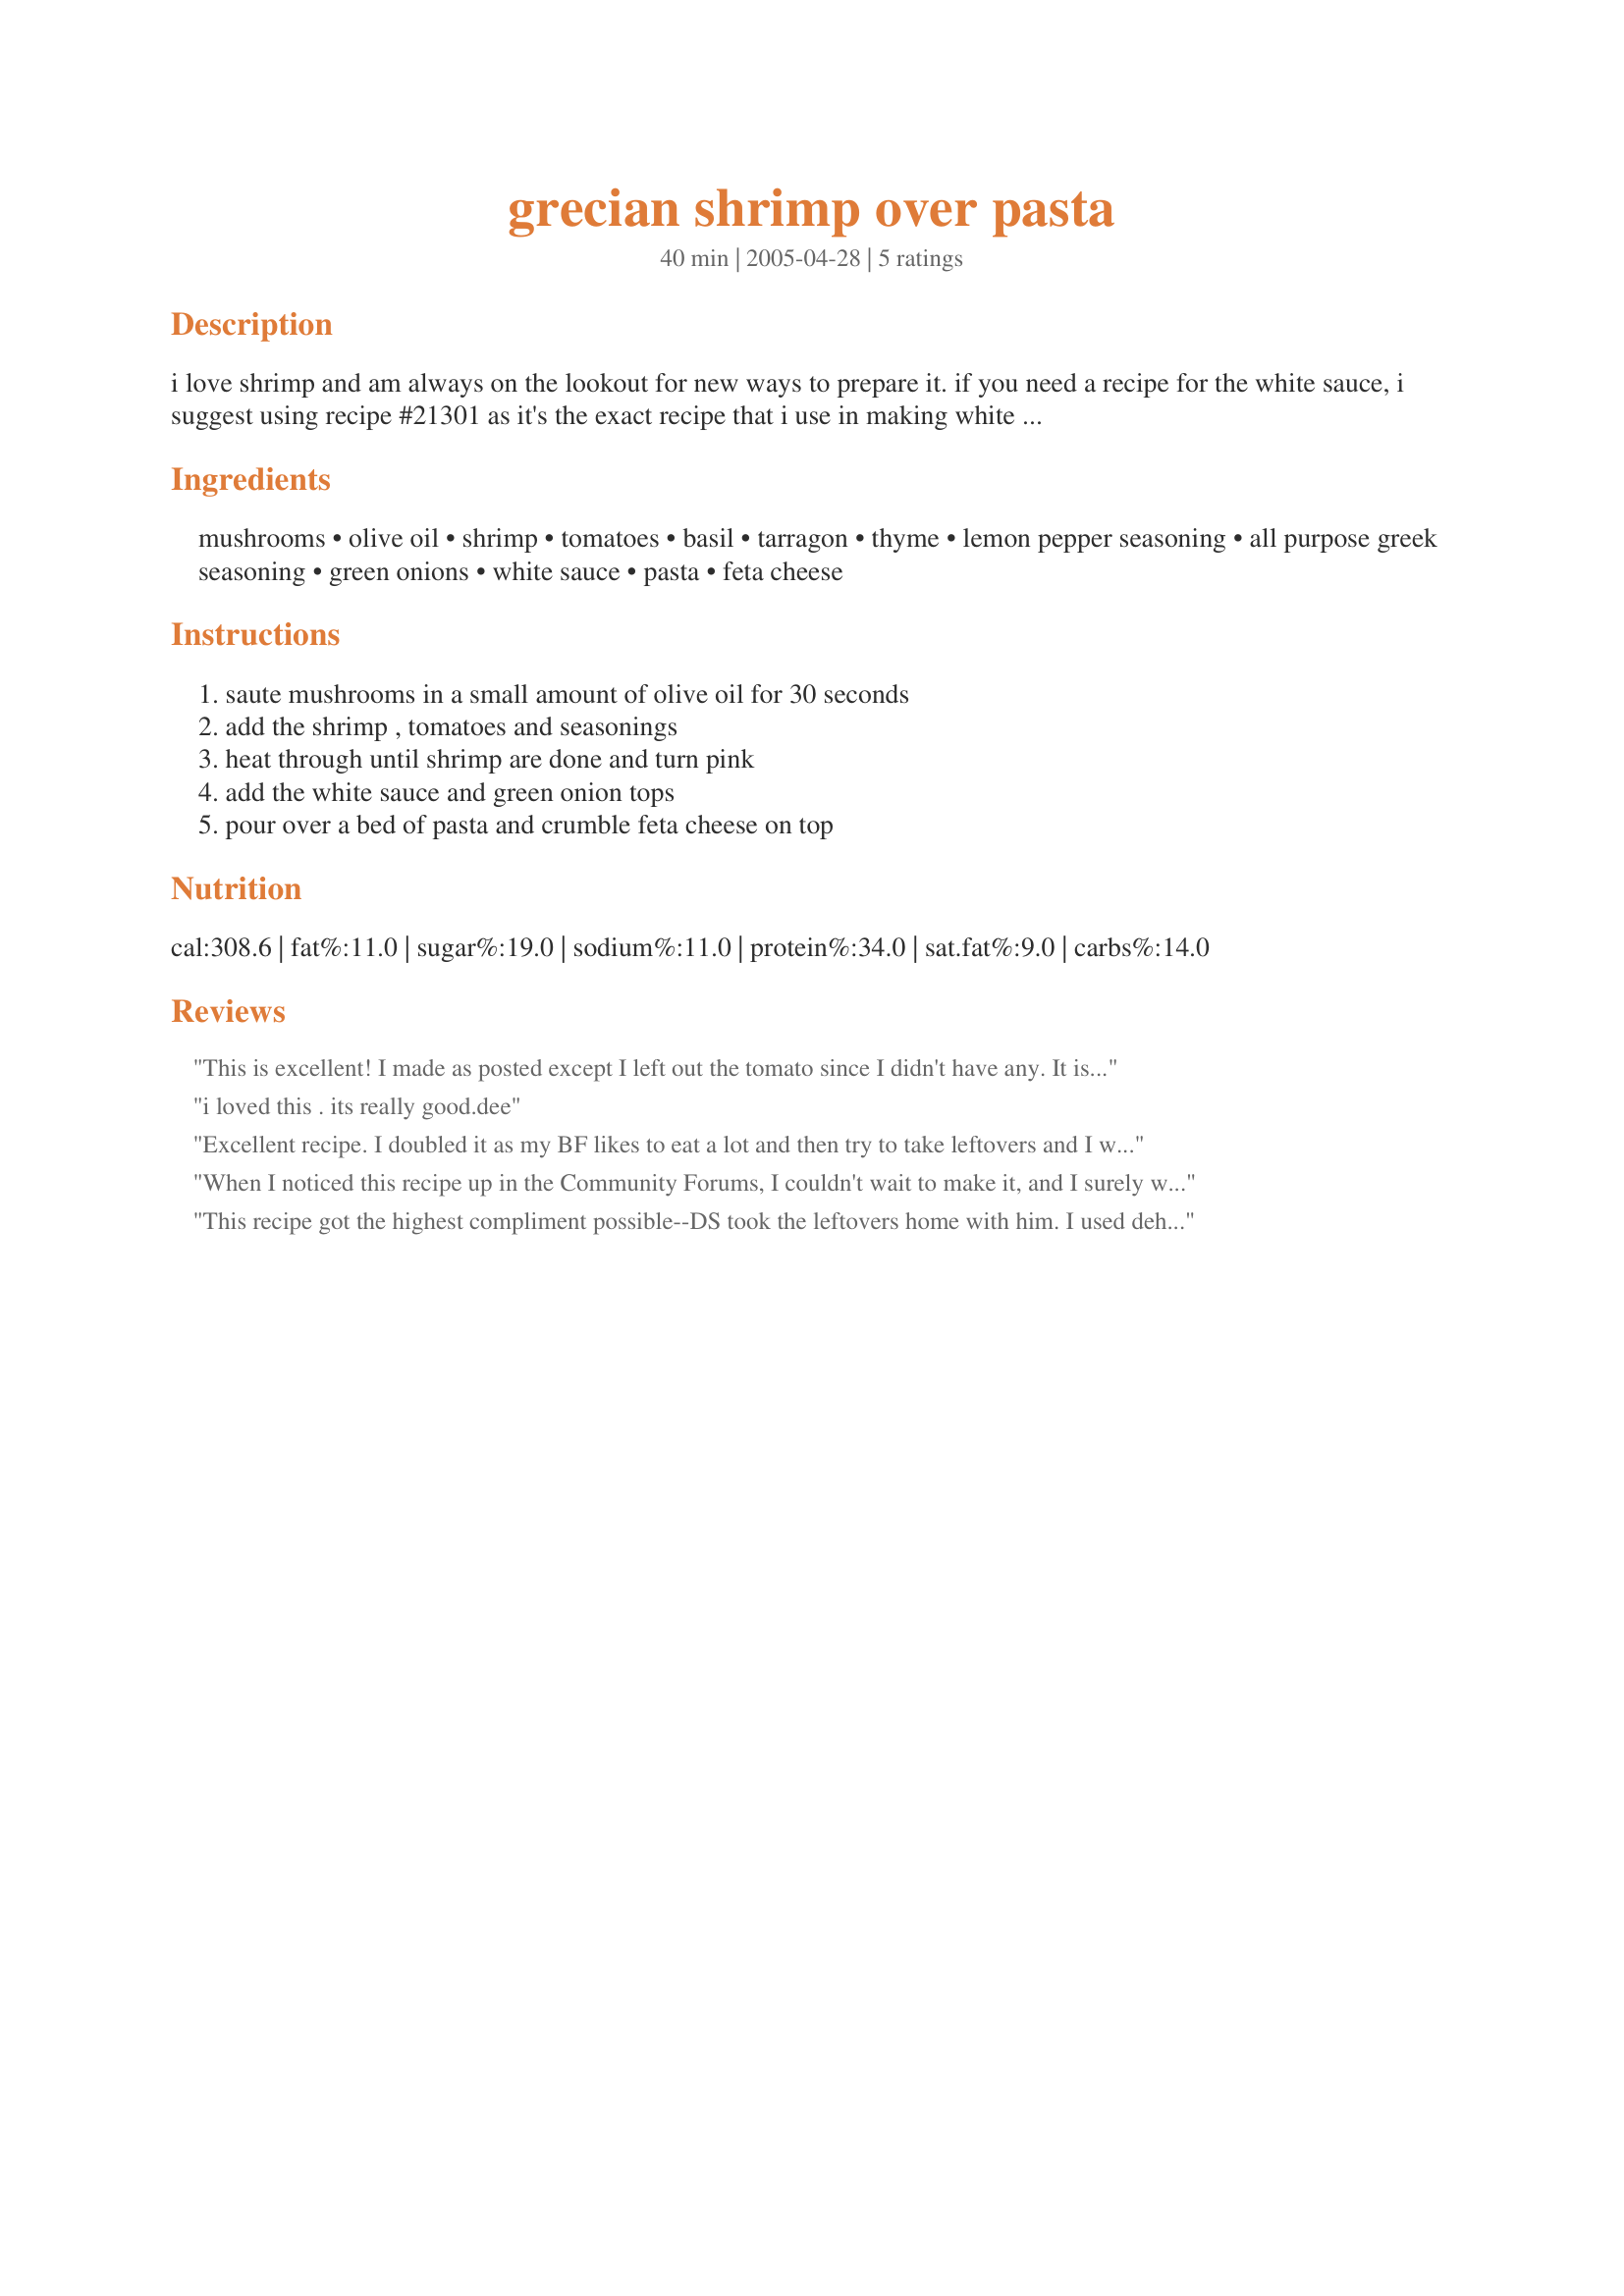
grecian shrimp over pasta
Preparation time: 40 minutes

i love shrimp and am always on the lookout for new ways to prepare it. if you need a recipe for the white sauce, i suggest using recipe #21301 as it's the exact recipe that i use in making white sauce. i suggest serving this with a greek salad and bread.

Ingredients:
mushrooms, olive oil, shrimp, tomatoes, basil, tarragon, thyme, lemon pepper seasoning, all purpose greek seasoning, green onions, white sauce, pasta, feta cheese

Steps:
saute mushrooms in a small amount of olive oil for 30 seconds, add the shrimp , tomatoes and seasonings, heat through until shrimp are done and turn pink, add the white sauce and green onion tops, pour over a bed of pasta and crumble feta cheese on top

Reviews:
This is excellent! I made as posted except I left out the tomato since I didn't have any. It is very flavorful and very rich ~ I was afraid I wouldn't have enough for 3 big eaters and there was plenty. I served over angel hair pasta with the feta and it was perfect. Thanks for posting such a great recipe!
i loved this . its really good.dee
Excellent recipe. I doubled it as my BF likes to eat a lot and then try to take leftovers and I wanted to make sure there were leftovers for me for lunch tomorrow!! I always look forward to leftovers at work and this is no exception, I can't wait to eat it again. I will definitely be adding this to my list of go to recipes when I want to impress someone, or even treat myself!
When I noticed this recipe up in the Community Forums, I couldn't wait to make it, and I surely was not dissapointed, this is a wonderful recipe for shrimp! I used my own recipe for white sauce (hope you don't mind DG!) I also used fresh basil and increaed all of the seasonings to taste, SO SO SO delicious! this deserves more than 5 stars, thanks for sharing Dreamgoddess, my DH loved this for his late lunch today!...Kitten:)
This recipe got the highest compliment possible--DS took the leftovers home with him. I used dehydrated shitake mushrooms and a seasoning blend for the tarragon and thyme. Not having feta cheese, I topped if off with Gorgonzola and served it on top of angel hair pasta. This will definitely be a repeat in our house.
